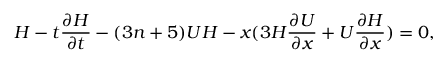
H - t \frac { \partial H } { \partial t } - ( 3 n + 5 ) U H - x ( 3 H \frac { \partial U } { \partial x } + U \frac { \partial H } { \partial x } ) = 0 ,